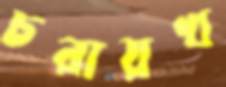
চরায়খ